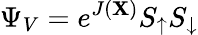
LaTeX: \Psi_{V}=e^{J(\mathbf{X})}S_{\uparrow}S_{\downarrow}